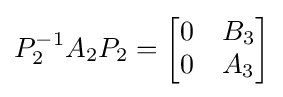
P_{2}^{-1}A_{2}P_{2}={\begin{bmatrix}0&B_{3}\\0&A_{3}\end{bmatrix}}